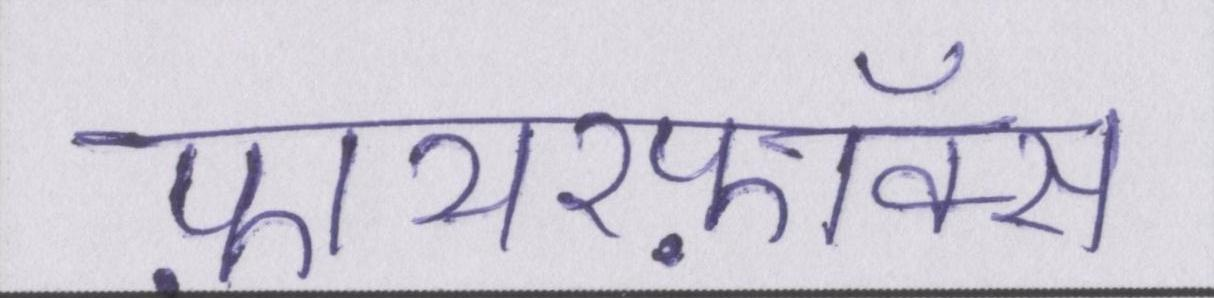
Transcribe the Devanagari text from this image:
फ़ायरफ़ॉक्स